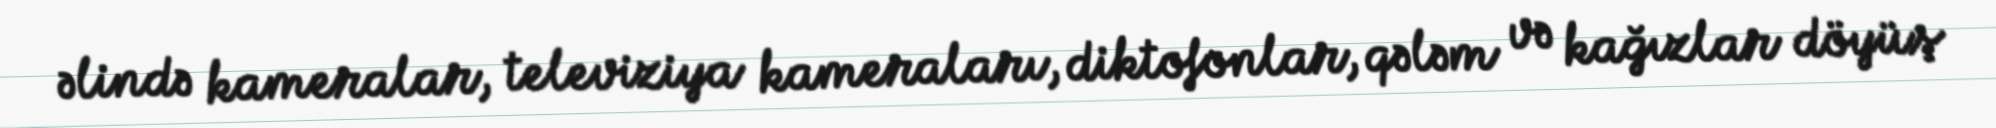
əlində kameralar, televiziya kameraları, diktofonlar, qələm və kağızlar döyüş